65_HS1-834228961_62-HQ-83894_Section_6
Agency: FBI
Page 123
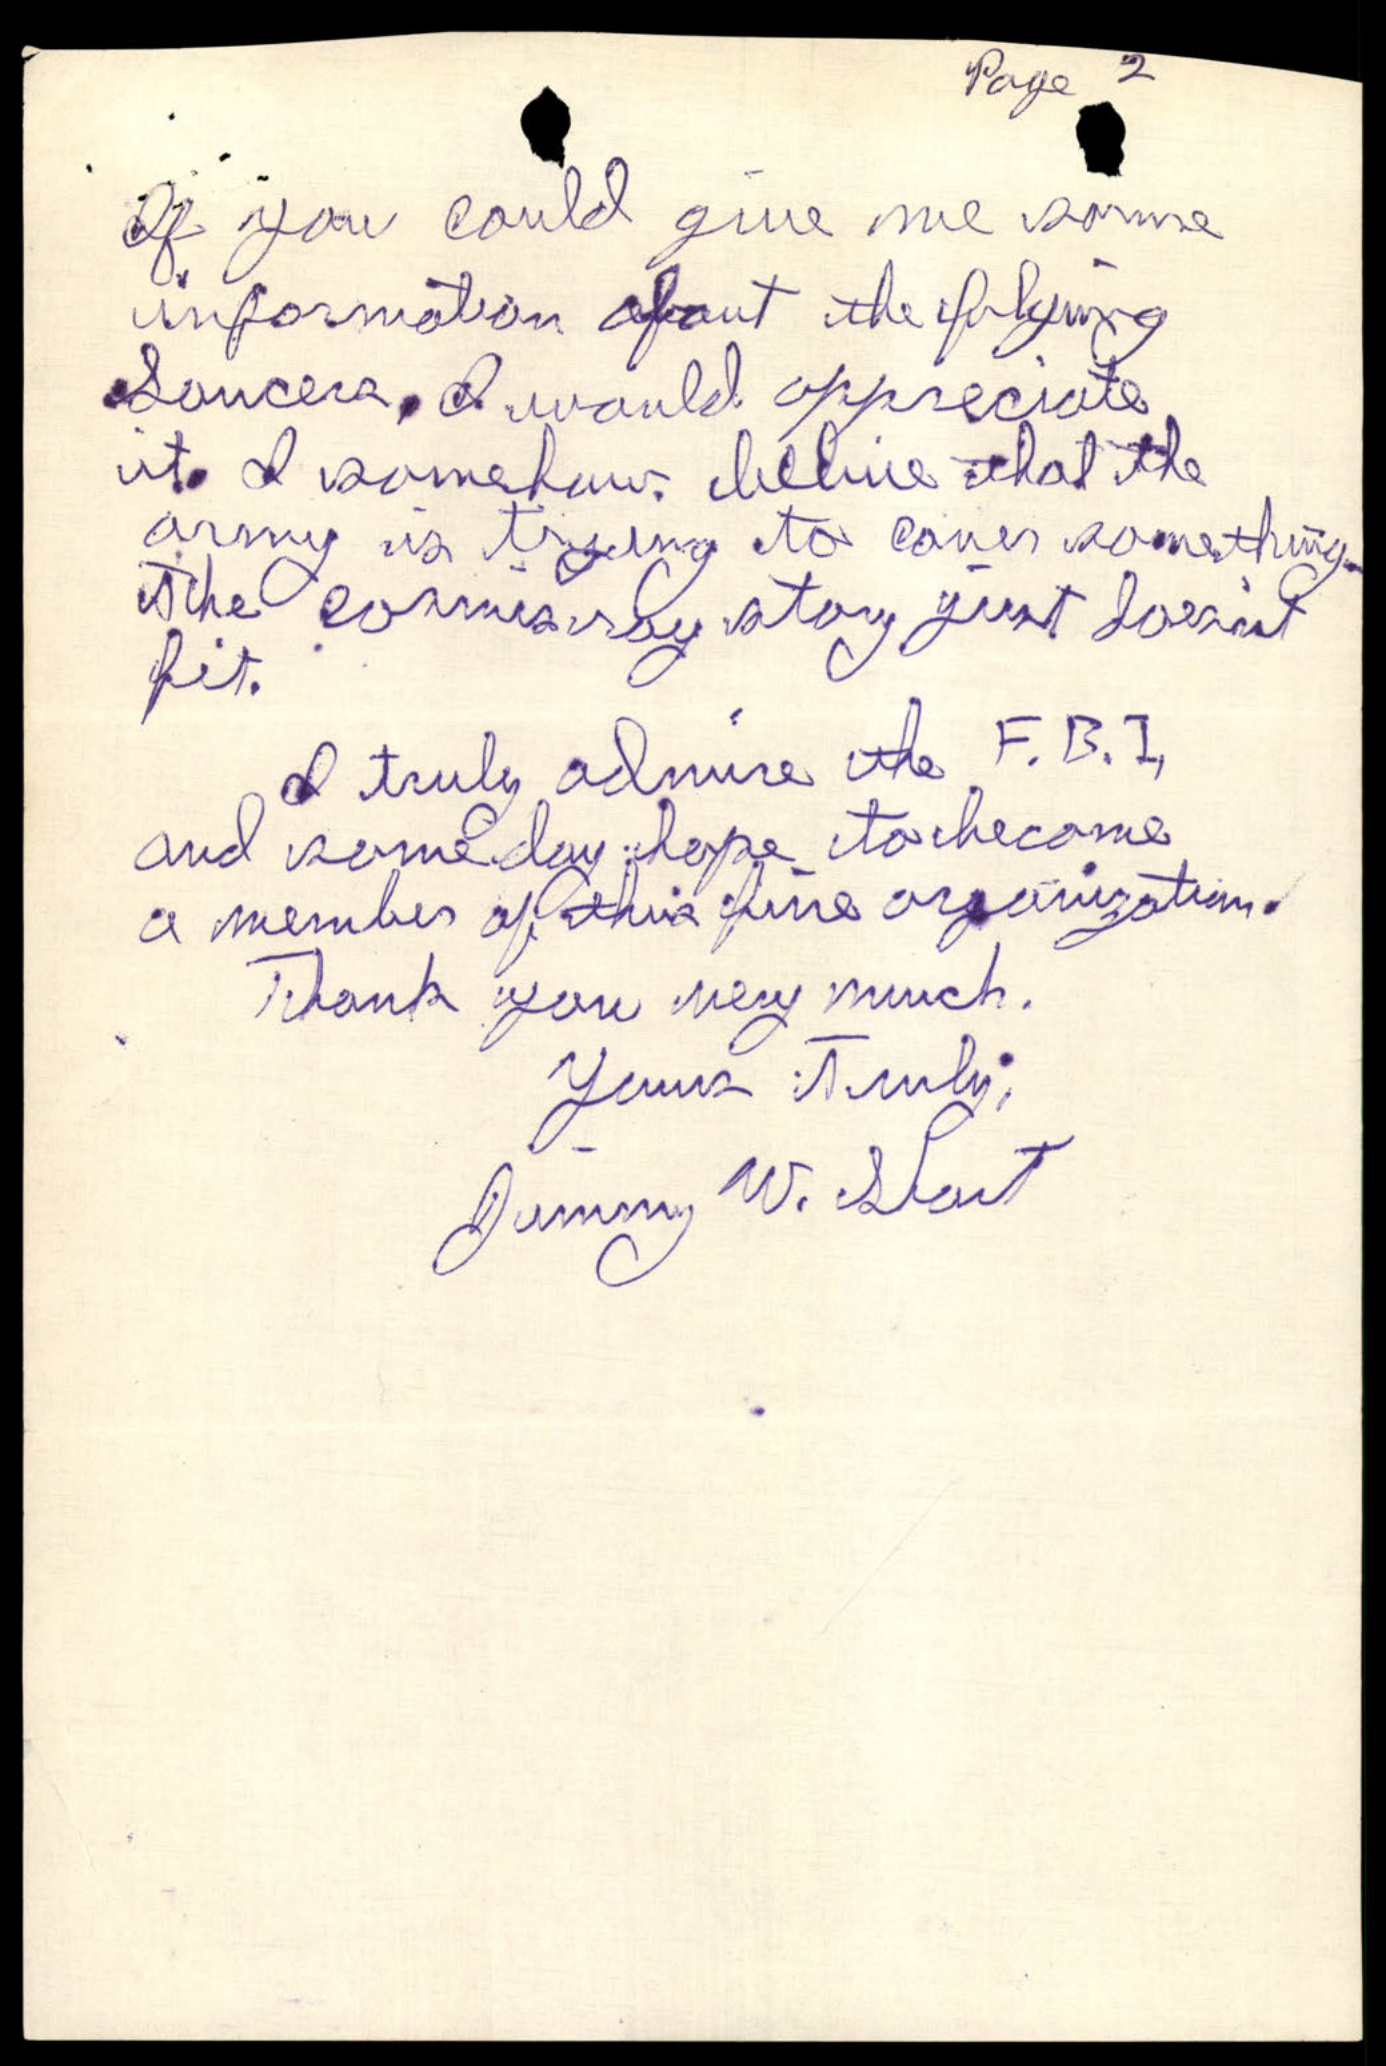